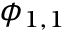
\phi _ { 1 , 1 }